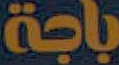
باجة